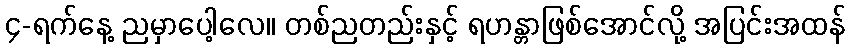
၄-ရက်နေ့ ညမှာပေါ့လေ။ တစ်ညတည်းနှင့် ရဟန္တာဖြစ်အောင်လို့ အပြင်းအထန်